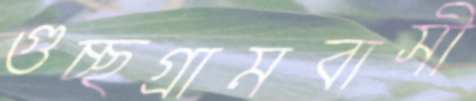
গুচ্ছগ্রামবাসী